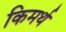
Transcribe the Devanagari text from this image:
किमर्थ